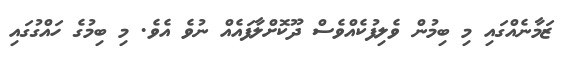
ޒަމާނެއްގައި މި ބިމުން ވެލިފުކެއްވެސް ދޫކޮށްލާފައެއް ނުވެ އެވެ. މި ބިމުގެ ހައްގުގައި